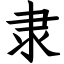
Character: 隶